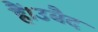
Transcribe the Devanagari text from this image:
हैं।उबैद